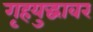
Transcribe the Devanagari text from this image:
गृहयुद्धावर